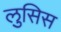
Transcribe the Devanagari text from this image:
लुसिस